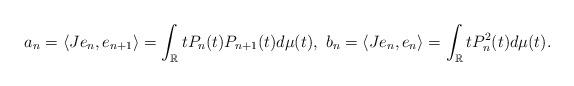
LaTeX: \begin{align*}a_n=\langle Je_n,e_{n+1} \rangle=\int_\mathbb{R}tP_n(t)P_{n+1}(t)d\mu(t),\ b_n=\langle Je_n,e_n\rangle=\int_\mathbb{R}tP_n^2(t)d\mu(t). \end{align*}